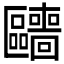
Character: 𱑍